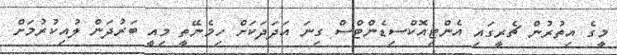
މީގެ އިތުރުން ޗެރީގައި އެންޓިއޮކްސިޑެންޓްސް ގިނަ އަދަދަކަށް ހިމެނޭތީ މިއީ ބަރުދަން ލުއިކުރުމަށް